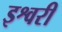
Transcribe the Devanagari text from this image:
इश्वरी